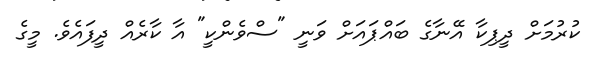
ކުރުމަށް ދީޕިކާ އޭނާގެ ބައްޕައަށް ވަނީ "ސްވެންކީ" އާ ކާރެއް ދީފައެވެ. މީގެ